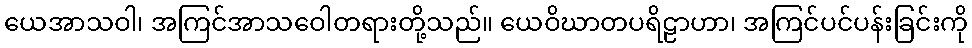
ယေအာသဝါ၊ အကြင်အာသဝေါတရားတို့သည်။ ယေဝိဃာတပရိဠာဟာ၊ အကြင်ပင်ပန်းခြင်းကို